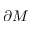
\partial M